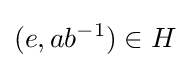
(e,ab^{-1})\in H